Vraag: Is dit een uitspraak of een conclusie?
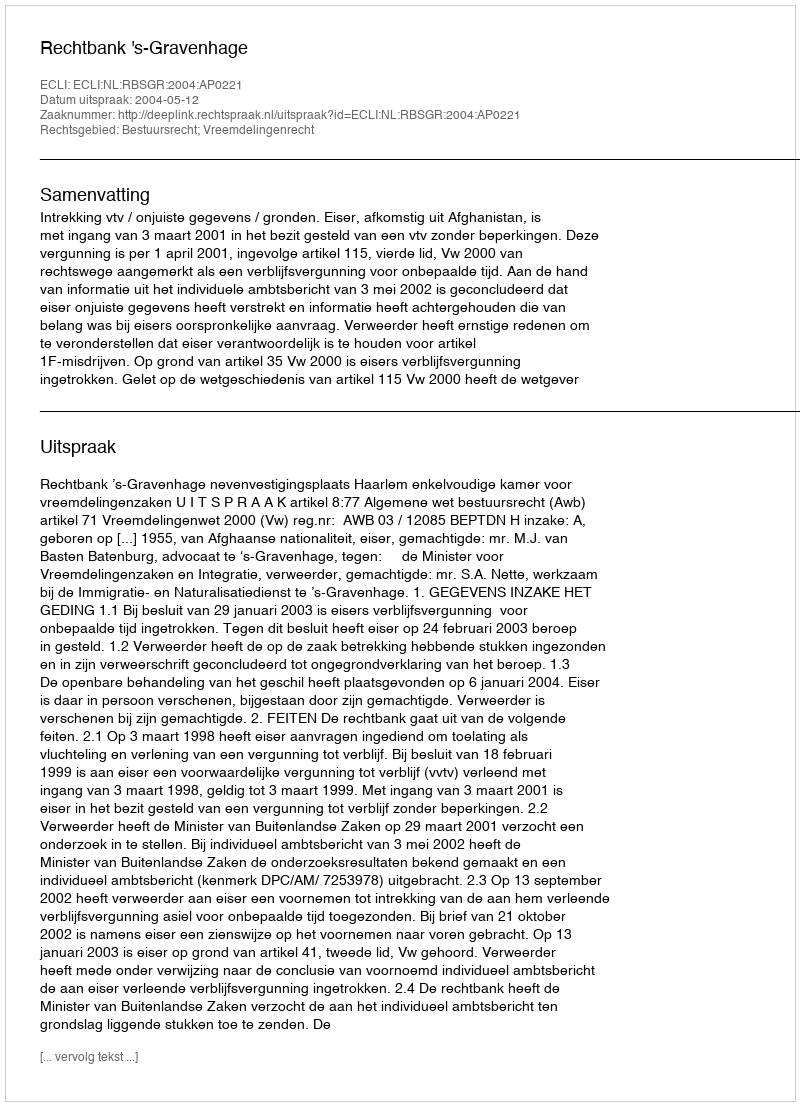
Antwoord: Uitspraak